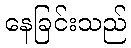
နေခြင်းသည်